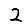
Digit: 2